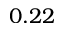
0 . 2 2